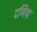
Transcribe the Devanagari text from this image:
दणिण